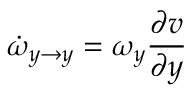
\dot { \omega } _ { y \rightarrow y } = \omega _ { y } \frac { \partial v } { \partial y }